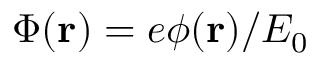
\Phi ( { \bf { r } } ) = e \phi ( { \bf { r } } ) / E _ { 0 }